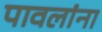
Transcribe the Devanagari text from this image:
पावलांना